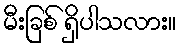
မီးခြစ် ရှိပါသလား။